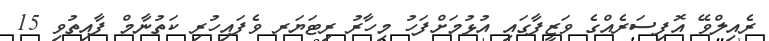
ރެއިލްވޭ އޮފިސަރެއްގެ ވަޒީފާގައި އުޅުމަށްފަހު މިހާރު ރިޓަޔަރ ވެފައިހުރި ކަތުނާމް ފާއިތުވި 15